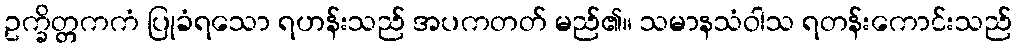
ဥက္ခိတ္တကကံ ပြုခံရသော ရဟန်းသည် အပကတတ် မည်၏။ သမာနသံဝါသ ရတန်းကောင်းသည်